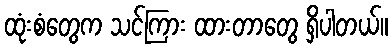
ထုံးစံတွေက သင်ကြား ထားတာတွေ ရှိပါတယ်။